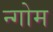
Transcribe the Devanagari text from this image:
न्गोम